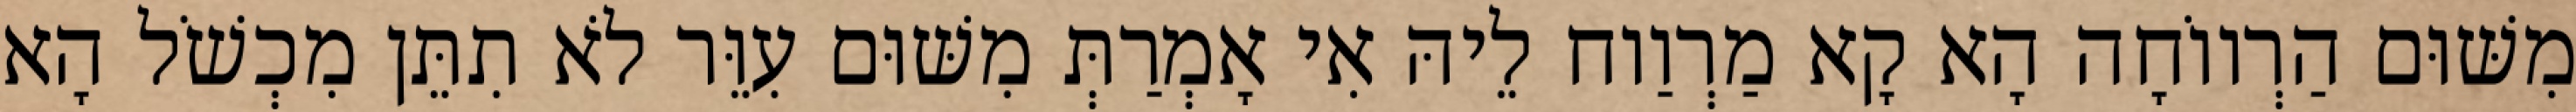
מִשּׁוּם הַרְווֹחָה הָא קָא מַרְוַוח לֵיהּ אִי אָמְרַתְּ מִשּׁוּם עִוֵּר לֹא תִתֵּן מִכְשֹׁל הָא